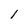
Character: l